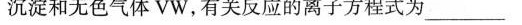
沉淀和无色气体VW，有关反应的离子方程式为___，